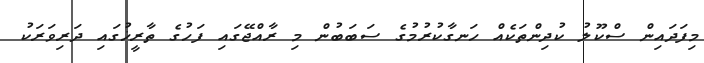
މިފަދައިން ސްކޫލު ކުދިންތަކެއް ހަނގާކުރުމުގެ ސަބަބުން މި ރާއްޖޭގައި ފަހުގެ ތާރީޚުގައި ދަރިވަރަކު